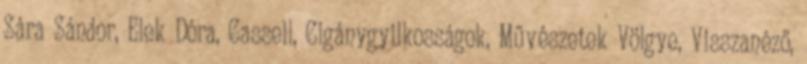
Sára Sándor, Elek Dóra, Cassell, Cigánygyilkosságok, Művészetek Völgye, Visszanéző,